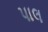
પાલ